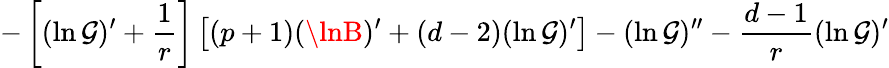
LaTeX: -\left[(\ln\mathcal{G})^{\prime}+{\frac{{1}}{{r}}}\right]\left[(p+1)(\lnB)^{\prime}+(d-2)(\ln\mathcal{G})^{\prime}\right]-(\ln\mathcal{G})^{\prime\prime}-{\frac{{d-1}}{{r}}}(\ln\mathcal{G})^{\prime}